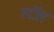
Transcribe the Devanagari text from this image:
स्टॉेल